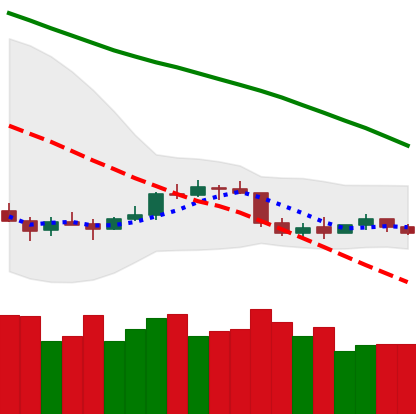
Ticker: ETC-USD
Chart end date: 2022-01-04
Forward return: -12.891%
Label: down_7plus